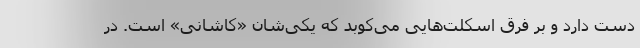
دست دارد و بر فرق اسکلت‌هایی می‌کوبد که یکی‌شان «کاشانی» است. در